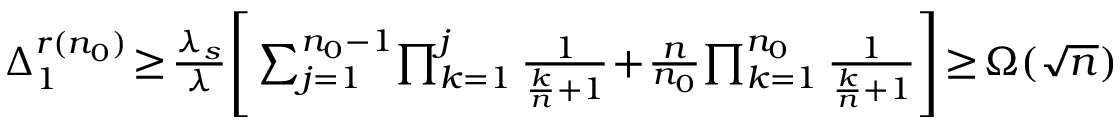
\begin{array} { r } { \! \! \! \Delta _ { 1 } ^ { r ( n _ { 0 } ) } \! \geq \! \frac { \lambda _ { s } } { \lambda } \Bigg [ \sum _ { j = 1 } ^ { n _ { 0 } - 1 } \! \prod _ { k = 1 } ^ { j } \frac { 1 } { \frac { k } { n } + 1 } \! + \! \frac { n } { n _ { 0 } } \! \prod _ { k = 1 } ^ { n _ { 0 } } \frac { 1 } { \frac { k } { n } + 1 } \Bigg ] \! \geq \! \Omega ( \sqrt { n } ) } \end{array}